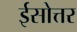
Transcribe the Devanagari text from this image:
ईसोत्तर